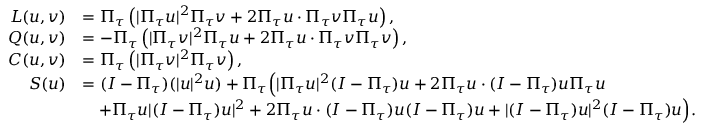
\begin{array} { r l } { L ( u , v ) } & { = \Pi _ { \tau } \left( | \Pi _ { \tau } u | ^ { 2 } \Pi _ { \tau } v + 2 \Pi _ { \tau } u \cdot \Pi _ { \tau } v \Pi _ { \tau } u \right) , } \\ { Q ( u , v ) } & { = - \Pi _ { \tau } \left( | \Pi _ { \tau } v | ^ { 2 } \Pi _ { \tau } u + 2 \Pi _ { \tau } u \cdot \Pi _ { \tau } v \Pi _ { \tau } v \right) , } \\ { C ( u , v ) } & { = \Pi _ { \tau } \left( | \Pi _ { \tau } v | ^ { 2 } \Pi _ { \tau } v \right) , } \\ { S ( u ) } & { = ( I - \Pi _ { \tau } ) ( | u | ^ { 2 } u ) + \Pi _ { \tau } \Bigl ( | \Pi _ { \tau } u | ^ { 2 } ( I - \Pi _ { \tau } ) u + 2 \Pi _ { \tau } u \cdot ( I - \Pi _ { \tau } ) u \Pi _ { \tau } u } \\ & { \quad + \Pi _ { \tau } u | ( I - \Pi _ { \tau } ) u | ^ { 2 } + 2 \Pi _ { \tau } u \cdot ( I - \Pi _ { \tau } ) u ( I - \Pi _ { \tau } ) u + | ( I - \Pi _ { \tau } ) u | ^ { 2 } ( I - \Pi _ { \tau } ) u \Bigr ) . } \end{array}